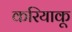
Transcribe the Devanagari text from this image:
करियाकू